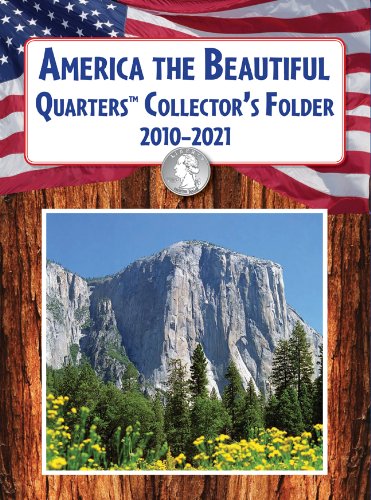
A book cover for America the Beautiful QuartersEE¢ Collector's Folder 2010-2021; United States Mint; Crafts, Hobbies & Home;